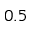
0 . 5